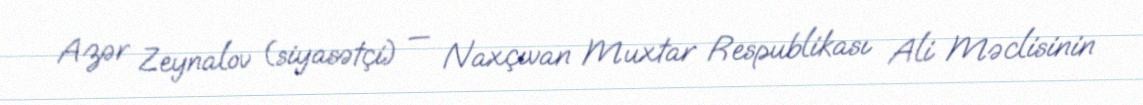
Azər Zeynalov (siyasətçi) — Naxçıvan Muxtar Respublikası Ali Məclisinin